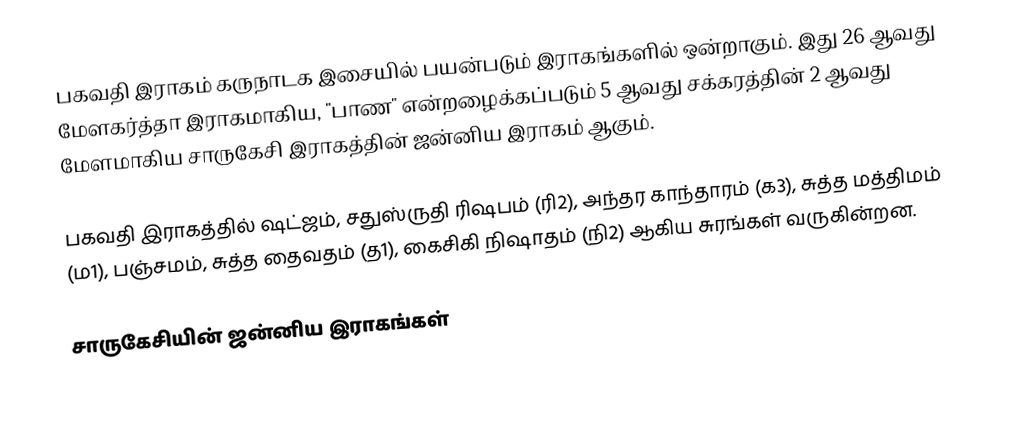
பகவதி இராகம் கருநாடக இசையில் பயன்படும் இராகங்களில் ஒன்றாகும். இது 26 ஆவது மேளகர்த்தா இராகமாகிய, "பாண" என்றழைக்கப்படும் 5 ஆவது சக்கரத்தின் 2 ஆவது மேளமாகிய சாருகேசி இராகத்தின் ஜன்னிய இராகம் ஆகும்.

பகவதி இராகத்தில் ஷட்ஜம், சதுஸ்ருதி ரிஷபம் (ரி2),  அந்தர காந்தாரம் (க3), சுத்த மத்திமம் (ம1), பஞ்சமம், சுத்த தைவதம் (த1), கைசிகி நிஷாதம்  (நி2) ஆகிய சுரங்கள் வருகின்றன.

சாருகேசியின் ஜன்னிய இராகங்கள்